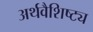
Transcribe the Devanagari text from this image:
अर्थवैशिष्ट्य